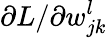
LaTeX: \partial L/\partial w_{jk}^{l}